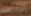
سأدعه